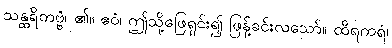
သန္ထရိတဗ္ဗံ၊ ၏။ ဧဝံ၊ ဤသို့ဖြေရှင်း၍ ဖြန့်ခင်းလသော်။ ထိရကရံ၊